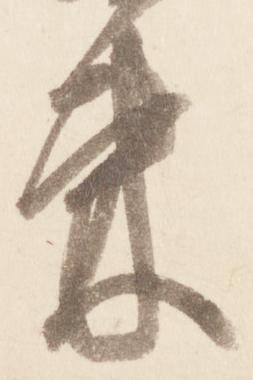
束